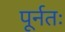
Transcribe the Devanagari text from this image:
पूर्नतः